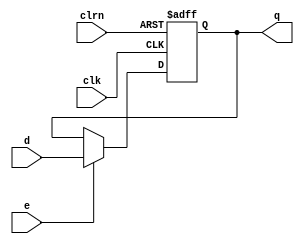
`timescale 1ns / 1ps
module dffe (d,clk,clrn,e,q);                    // dff (async) with write enable
    input d, clk, clrn;                          // inputs d, clk, clrn (active low)
    input e;                                     // enable
    output reg q;                                // output q, register type
    always @ (posedge clk or negedge clrn) begin // always block, "or"
        if (!clrn) q <= 0;                       // if clrn is asserted, reset dff
        else if (e) q <= d;                      // else if enabled store d to dff
    end
endmodule